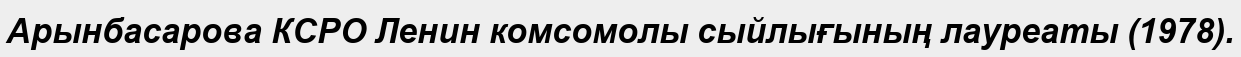
Арынбасарова КСРО Ленин комсомолы сыйлығының лауреаты (1978).